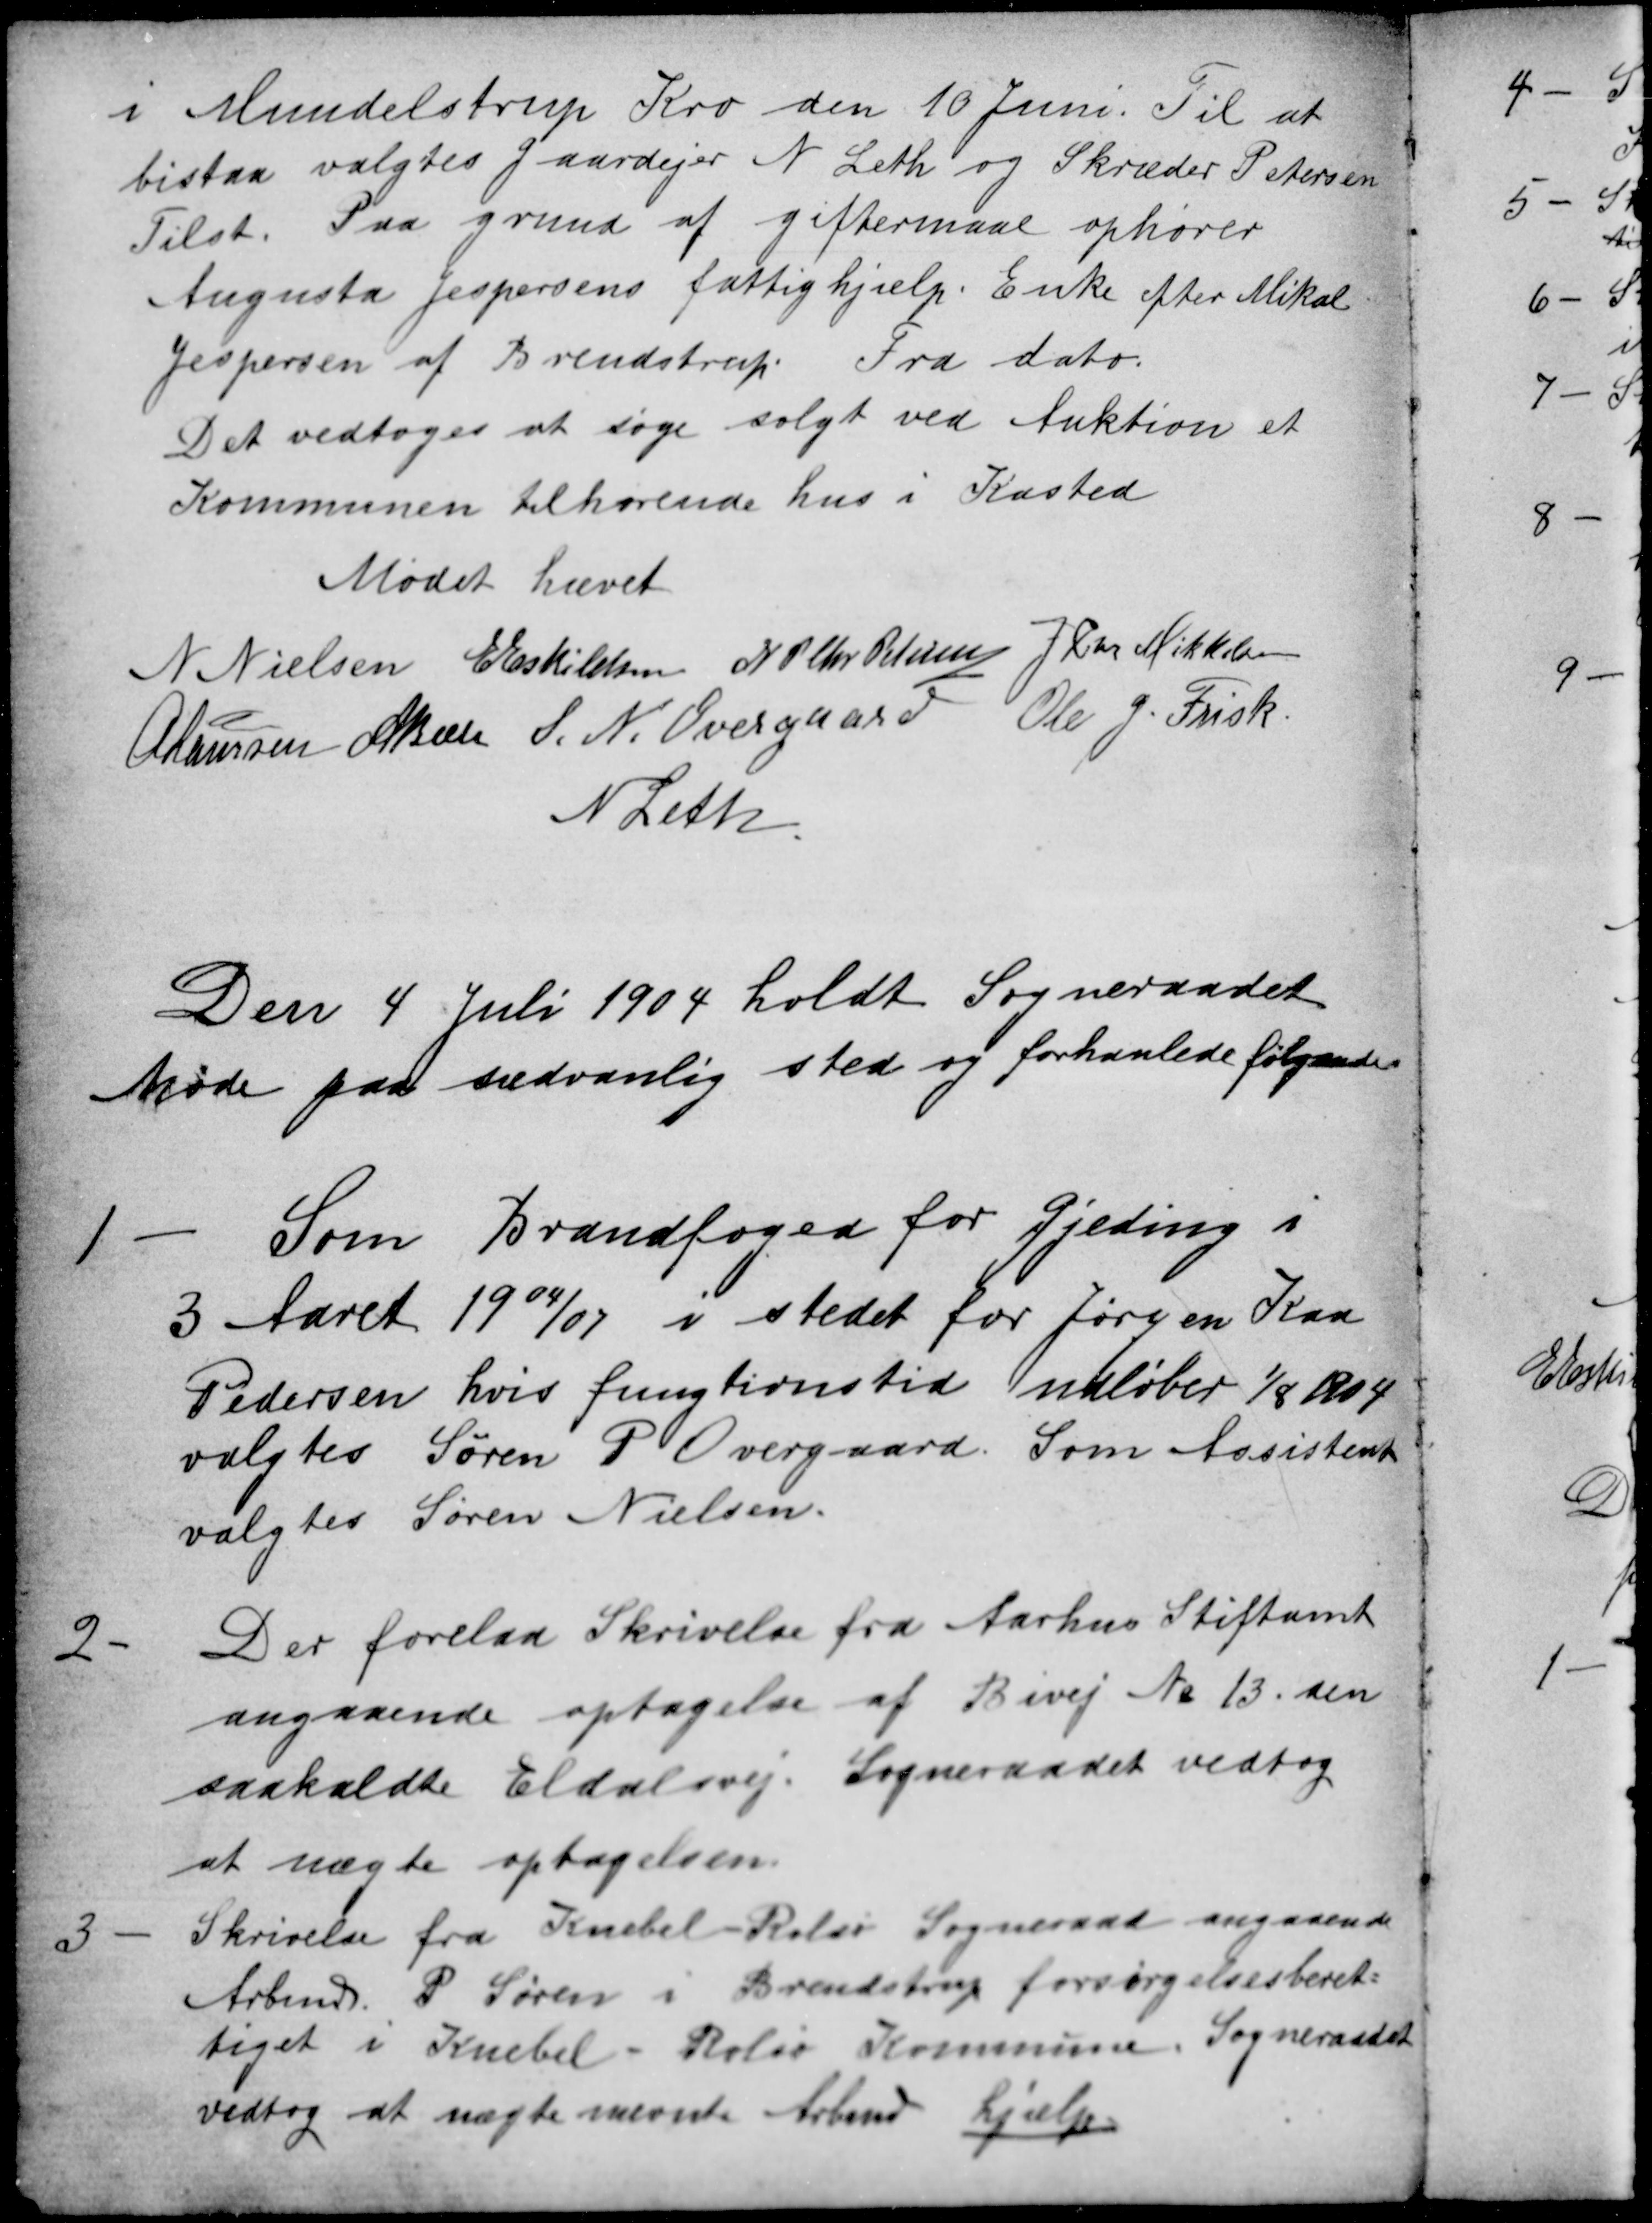
Transskription:
i Mundelstrup Kro den 10 Juni. Til at
bistaa valgtes Gaardejer N Leth og Skræder Petersen
Tilst. Paa grund af giftermaal ophører
Augusta Jespersens fattighjælp. Enke efter Mikal
Jespersen af Brendstrup. Fra dato.
Det vedtoges at søge solgt ved Auktion et
Kommunen tilhørende hus i Kasted
Mødet hævet
N Nielsen E Eskildsen N P Chr Petersen J Chr Mikkelsen
A Laursen A Bech S. N. Overgaard Ole J. Frisk
N Leth
Den 4 Juli 1904 holdt Sogneraadet
Møde paa sædvanlig sted og forhanlede følgende
1
Som Brandfoged for Gjeding i
3 Aaret 1904/07 i stedet for Jørgen Kaa
Pedersen hvis fungtionstid udløber 1/8 1904
valgtes Søren P Overgaard. Som Assistent
valgtes Søren Nielsen.
2
Der forelaa Skrivelse fra Aarhus Stiftamt
angaaende optagelse af Bivej № 13. den
saakaldte Eldalsvej. Sogneraadet vedtog
at nægte optagelsen.
3
Skrivelse fra Knebel-Rolsø Sogneraad angaaende
Ardmd. P Søren i Brendstrup forsørgelsesberet-
tiget i Knebel - Rolsø Kommune. Sogneraadet
vedtog at nægte nævnte Arbmd hjælp